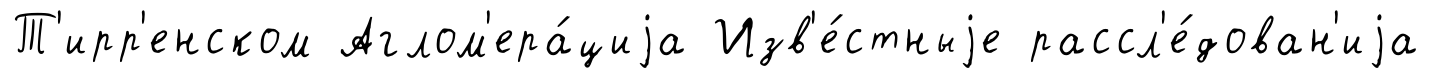
Т'ирр'енском Аглом'ера́циjа Изв'е́стныjе рассл'е́дован'иjа